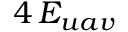
4 \, E _ { u a v }